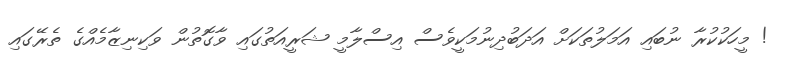
! މީހަކުކުރާ ނުބައި އަމަލުތަކަށް އަދަބުދިނުމަކީވެސް އިސްލާމީ ޝަރީއަތުގައި ވާގޮތުން ވަކިނިޒާމެއްގެ ތެރޭގައި